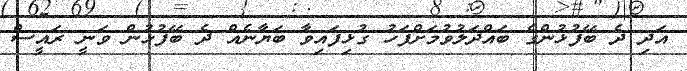
އަދި ދެ ބޭފުޅުންގެ ބައްދަލުވުމަށްފަހު ގުޅިފައިވާ ބަޔާނެއް ދެ ބޭފުޅުން ވަނީ ރައީސް